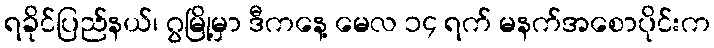
ရခိုင်ပြည်နယ်၊ ဂွမြို့မှာ ဒီကနေ့ မေလ ၁၄ ရက် မနက်အစောပိုင်းက